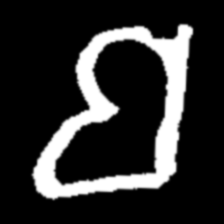
Pyu character \u2014 Myanmar letter: ဗ (romanized: ba)